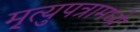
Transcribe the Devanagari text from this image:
मृ्त्युपत्रामध्ये